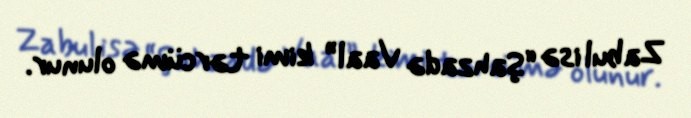
Zabul isə “Şahzadə Vaal” kimi tərcümə olunur.